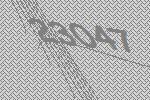
23047